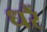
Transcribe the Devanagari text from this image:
धरैं